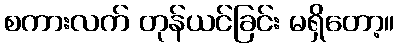
စကားလက် တုန်ယင်ခြင်း မရှိတော့။